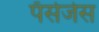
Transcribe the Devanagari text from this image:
पॅसेजेस